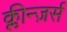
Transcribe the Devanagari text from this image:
क्लीन्ज़र्स